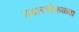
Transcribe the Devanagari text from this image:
उदारमोकळ्या